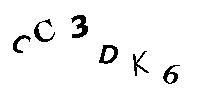
CC3DK6